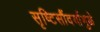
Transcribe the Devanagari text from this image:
सृष्टिसौंदर्यामुळे